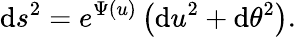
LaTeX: \mathrm{d}s^{2}=e^{\Psi(u)}\left(\mathrm{d}u^{2}+\mathrm{d}\theta^{2}\right).